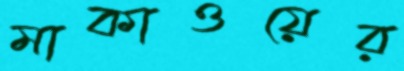
মাকাওয়ের